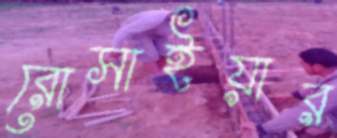
রোসাইয়ার